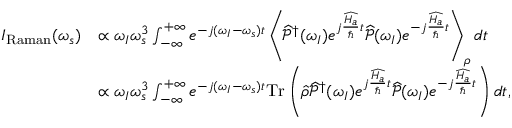
\begin{array} { r l } { I _ { \mathrm { R a m a n } } ( \omega _ { s } ) } & { \propto \omega _ { I } \omega _ { s } ^ { 3 } \int _ { - \infty } ^ { + \infty } e ^ { - j ( \omega _ { I } - \omega _ { s } ) t } \left\langle \widehat { \mathcal { P } } ^ { \dagger } ( \omega _ { I } ) e ^ { j \frac { \widehat { H _ { a } } } { \hbar } t } \widehat { \mathcal { P } } ( \omega _ { I } ) e ^ { - j \frac { \widehat { H _ { a } } } { \hbar } t } \right\rangle _ { \rho } d t } \\ & { \propto \omega _ { I } \omega _ { s } ^ { 3 } \int _ { - \infty } ^ { + \infty } e ^ { - j ( \omega _ { I } - \omega _ { s } ) t } \mathrm { T r } \left( \widehat { \rho } \widehat { \mathcal { P } } ^ { \dagger } ( \omega _ { I } ) e ^ { j \frac { \widehat { H _ { a } } } { \hbar } t } \widehat { \mathcal { P } } ( \omega _ { I } ) e ^ { - j \frac { \widehat { H _ { a } } } { \hbar } t } \right) d t , } \end{array}